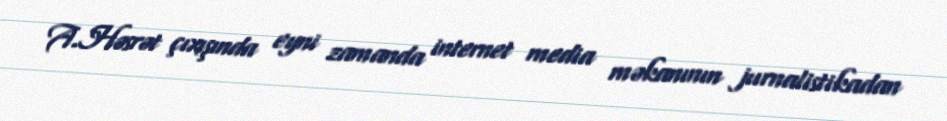
A.Həsrət çıxışında eyni zamanda internet media məkanının jurnalistikadan